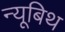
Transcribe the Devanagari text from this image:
न्यूबिथ